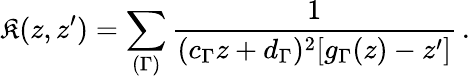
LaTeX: \mathfrak{K}(z,z^{\prime})=\sum_{(\Gamma)}\frac{{1}}{{(c_{\Gamma}z+d_{\Gamma})^{2}[g_{\Gamma}(z)-z^{\prime}]}}\, .